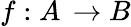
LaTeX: f:A\, \rightarrow B